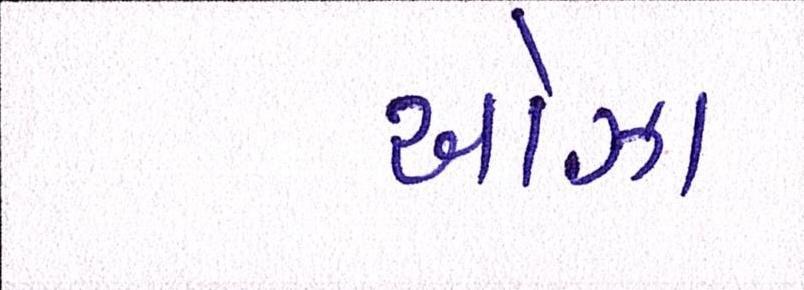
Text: ઓઝા